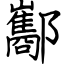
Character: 酅